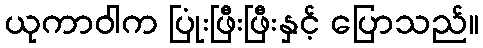
ယုကာဝါက ပြုံးဖြီးဖြီးနှင့် ပြောသည်။